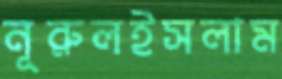
নূরুলইসলাম